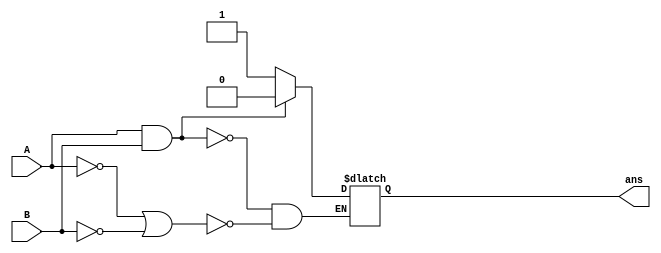
module NAND(
input  A,
input  B,
output reg ans
);
    always @(*)begin
       //pmos
       #7
       if ((((~A)||(~B))) == 1) begin
       ans=1;
       end
       //nmos
       #5
       if ((((A)&&(B))) == 1) begin
       ans=0;
       end
    end   
endmodule